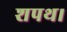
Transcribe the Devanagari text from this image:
शपथ।